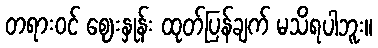
တရားဝင် ဈေးနှုန်း ထုတ်ပြန်ချက် မသိရပါဘူး။